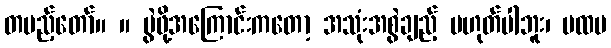
တပည့်တော်။ ။ မွဲဖို့အကြောင်းကတော့ အသုံးအစွဲချည့် မဟုတ်ပါဘူး၊ ပထမ